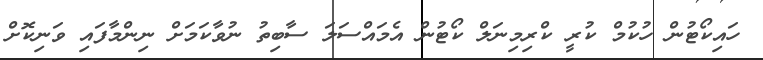
ހައިކޯޓުން ހުކުމް ކުރީ ކްރިމިނަލް ކޯޓުން އެމައްސަލަ ސާބިތު ނުވާކަމަށް ނިންމާފައި ވަނިކޮށް